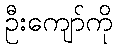
ဦးကျော်ကို